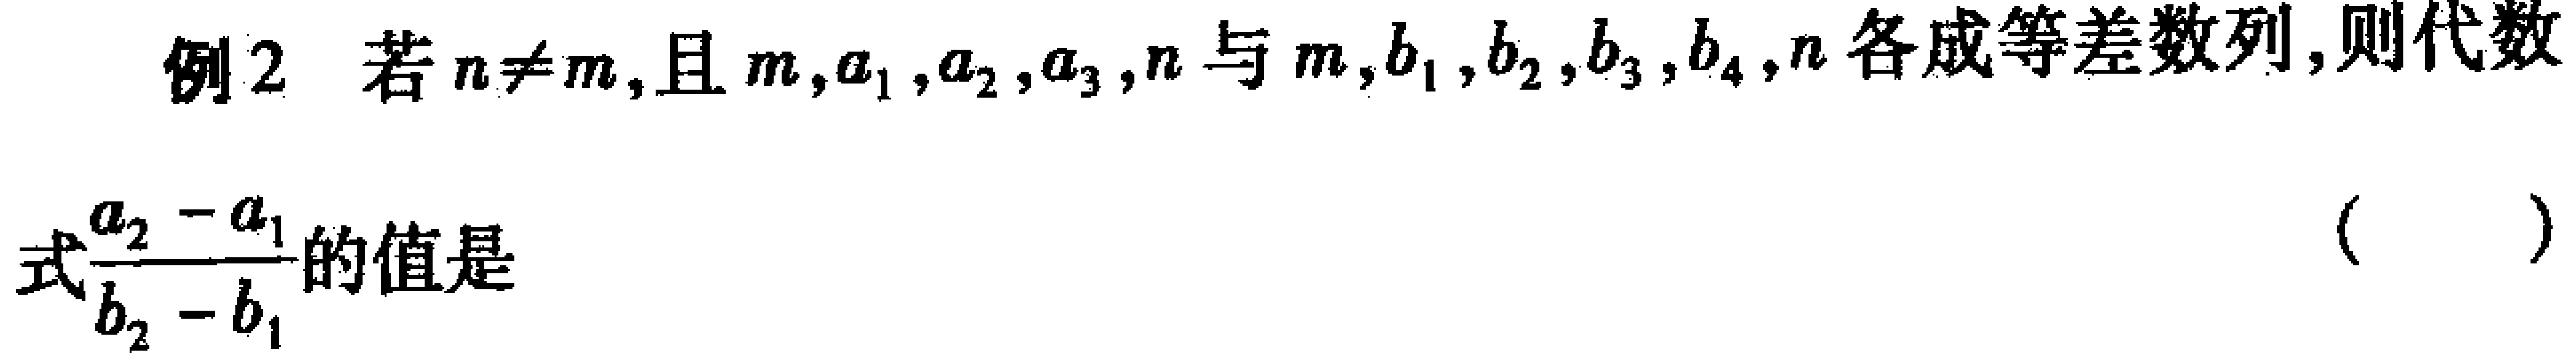
例2 若$n\neq m$,且$m,a_{1},a_{2},a_{3},n$与$m,b_{1},b_{2},b_{3},b_{4},n$各成等差数列,则代数式$\frac{a_{2}-a_{1}}{b_{2}-b_{1}}$的值是 （  ）